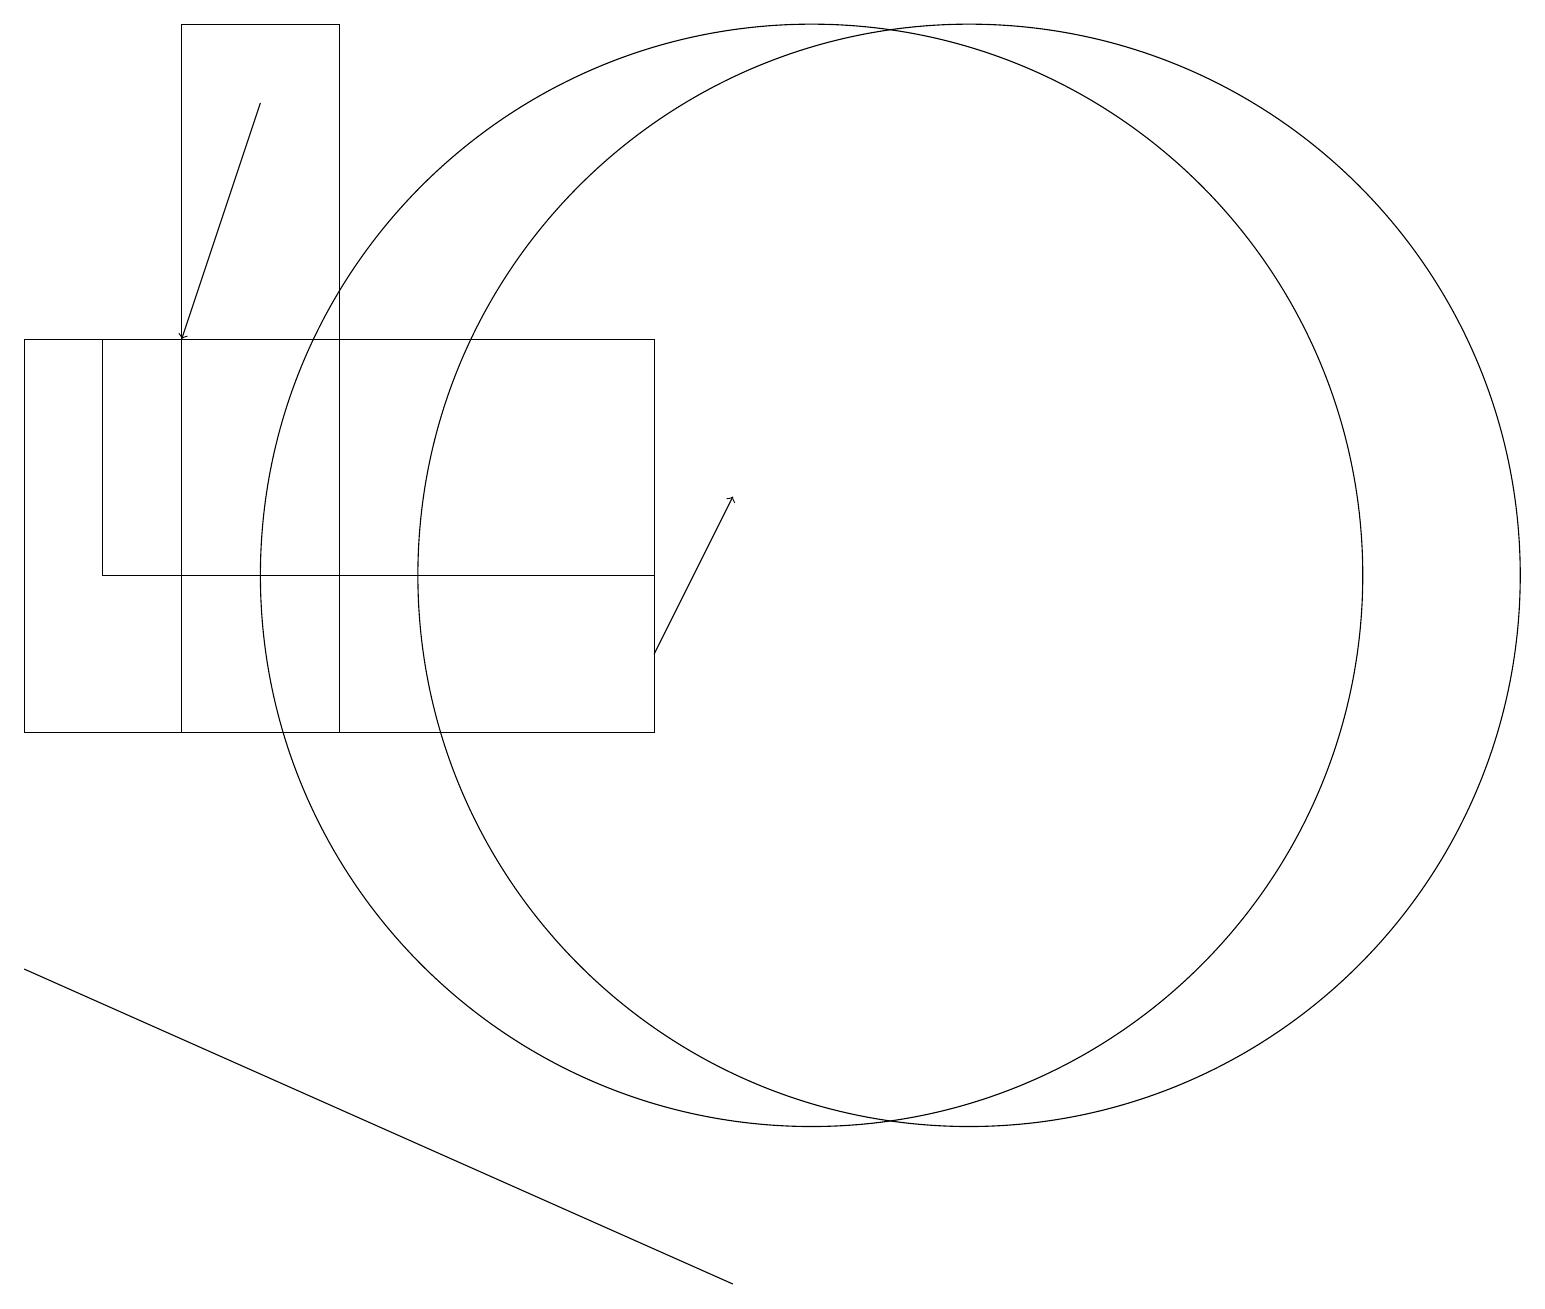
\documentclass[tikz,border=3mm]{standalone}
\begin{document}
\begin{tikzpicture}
\draw (12,12) circle (7);
\draw[->] (8,11) -- (9,13);
\draw (8,10) rectangle (0,15);
\draw (8,15) rectangle (1,12);
\draw (4,10) rectangle (2,19);
\draw[->] (3,18) -- (2,15);
\draw (0,7) -- (9,3) -- (9,3) -- cycle;
\draw (10,12) circle (7);
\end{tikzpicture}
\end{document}